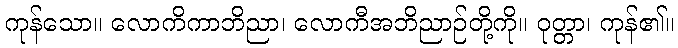
ကုန်သော။ လောကိကာဘိညာ၊ လောကီအဘိညာဉ်တို့ကို။ ဝုတ္တာ၊ ကုန်၏။